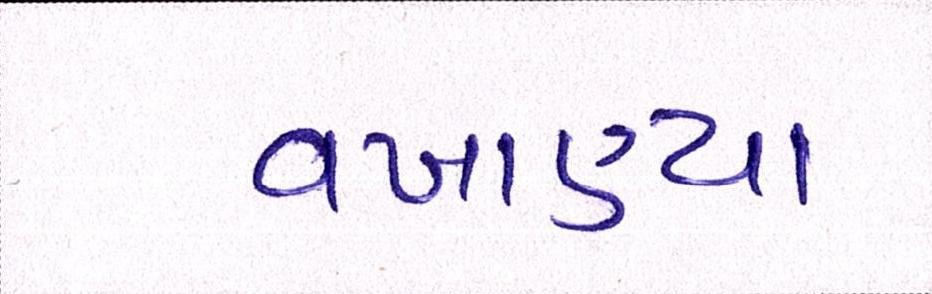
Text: વખાણ્યા